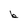
Character: b